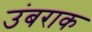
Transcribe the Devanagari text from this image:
उंबराक